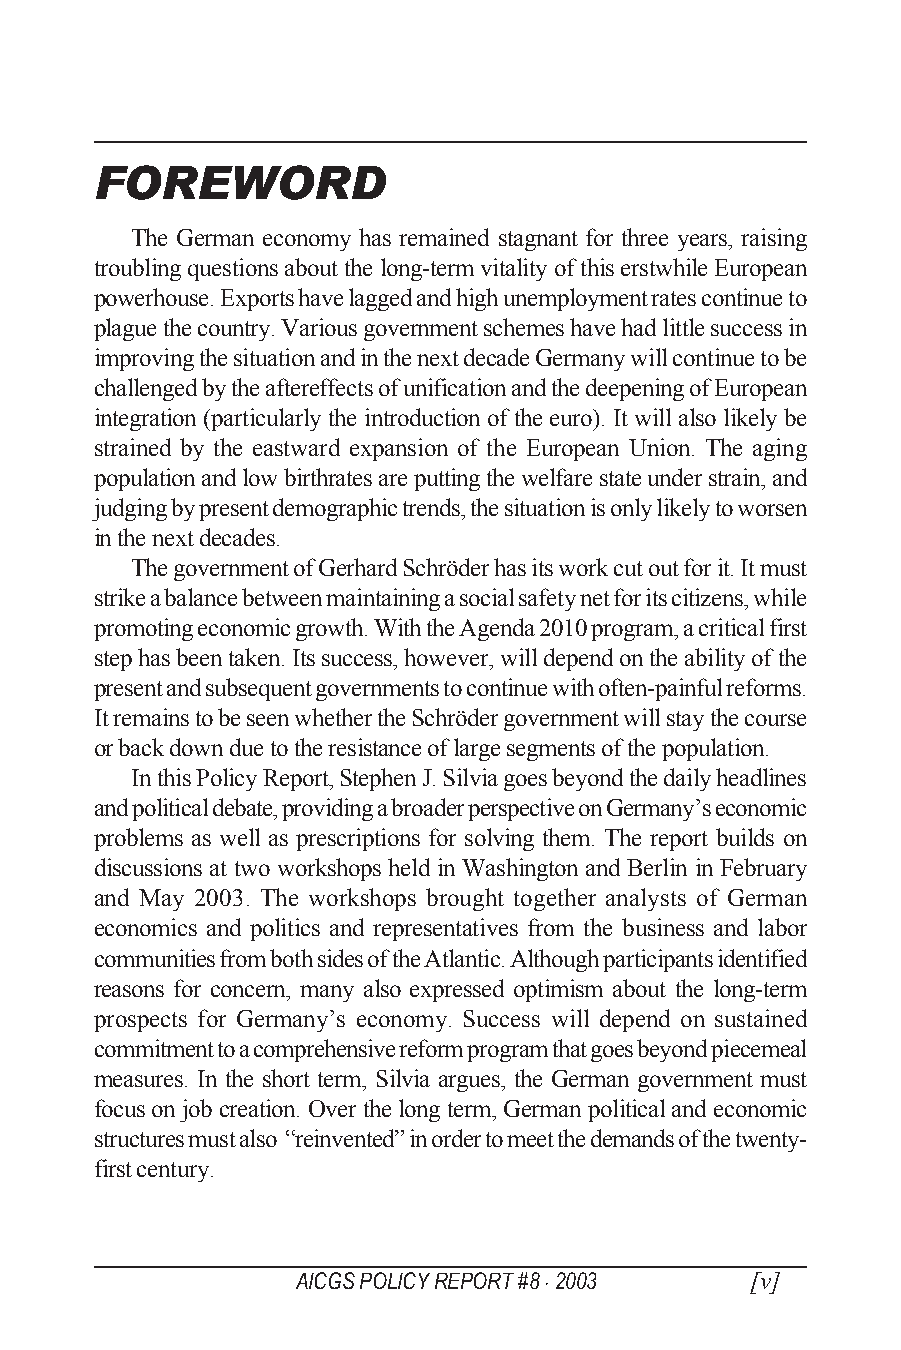
FOREWORD
 The German economy has remained stagnant for three years, raising
 troubling questions about the long-term vitality of this erstwhile European
 powerhouse. Exports have lagged and high unemployment rates continue to
 plague the country. Various government schemes have had little success in
 improving the situation and in the next decade Germany will continue to be
 challenged by the aftereffects of unification and the deepening of European
 integration (particularly the introduction of the euro). It will also likely be
 strained by the eastward expansion of the European Union. The aging
 population and low birthrates are putting the welfare state under strain, and
 judging by present demographic trends, the situation is only likely to worsen
 in the next decades.
 The government of Gerhard Schröder has its work cut out for it. It must
 strike a balance between maintaining a social safety net for its citizens, while
 promoting economic growth. With the Agenda 2010 program, a critical first
 step has been taken. Its success, however, will depend on the ability of the
 present and subsequent governments to continue with often-painful reforms.
 It remains to be seen whether the Schröder government will stay the course
 or back down due to the resistance of large segments of the population.
 In this Policy Report, Stephen J. Silvia goes beyond the daily headlines
 and political debate, providing a broader perspective on Germany’s economic
 problems as well as prescriptions for solving them. The report builds on
 discussions at two workshops held in Washington and Berlin in February
 and May 2003. The workshops brought together analysts of German
 economics and politics and representatives from the business and labor
 communities from both sides of the Atlantic. Although participants identified
 reasons for concern, many also expressed optimism about the long-term
 prospects for Germany’s economy. Success will depend on sustained
 commitment to a comprehensive reform program that goes beyond piecemeal
 measures. In the short term, Silvia argues, the German government must
 focus on job creation. Over the long term, German political and economic
 structures must also “reinvented” in order to meet the demands of the twenty-
 first century.
 AICGS POLICY REPORT #8 · 2003 [v]